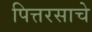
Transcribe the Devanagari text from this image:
पित्तरसाचे